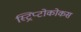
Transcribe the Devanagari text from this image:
स्ट्रिप्टोकोकस